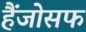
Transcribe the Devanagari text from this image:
हैंजोसफ